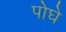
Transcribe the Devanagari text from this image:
पोघे